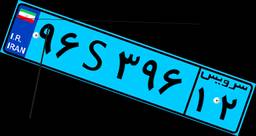
۷۲S۶۱۹۰۹